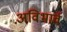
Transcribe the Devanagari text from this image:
अविभार्व